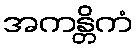
အကန္တိကံ